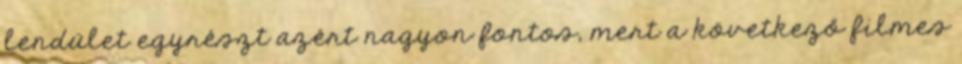
lendület egyrészt azért nagyon fontos, mert a következő filmes